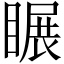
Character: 𥉲